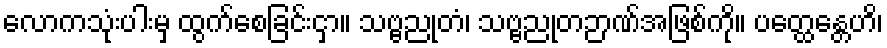
လောကသုံးပါးမှ ထွက်စေခြင်းငှာ။ သဗ္ဗညုတံ၊ သဗ္ဗညုတဉာဏ်အဖြစ်ကို။ ပတ္ထေန္တေဟိ၊